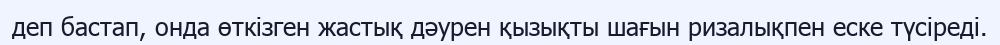
деп бастап, онда өткізген жастық дәурен қызықты шағын ризалықпен еске түсіреді.